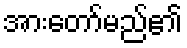
အားတော်မည်၏